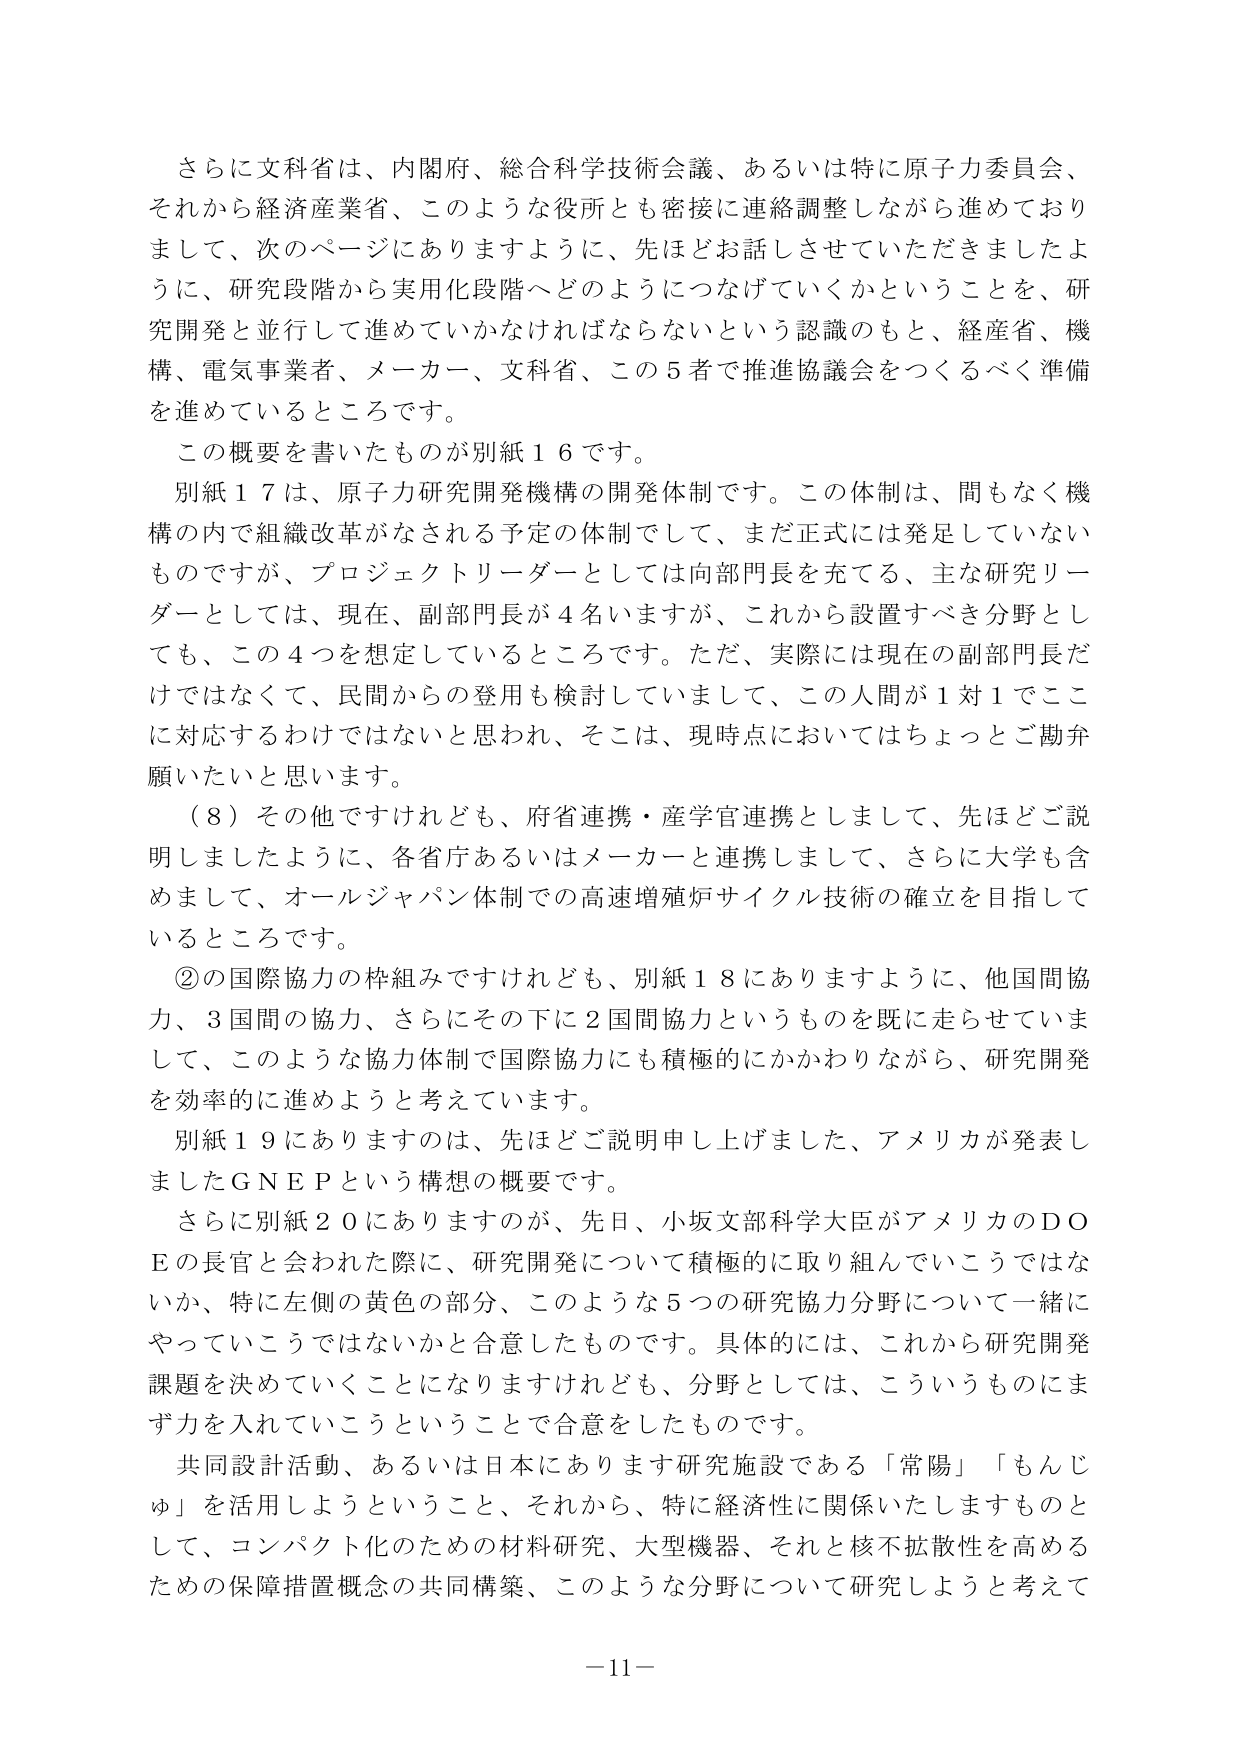
さらに文科省は、内閣府、総合科学技術会議、あるいは特に原子力委員会、それから経済産業省、このような役所とも密接に連絡調整しながら進めておりまして、次のページにありますように、先ほどお話しさせていただきましたように、研究段階から実用化段階へどのようにつなげていくかということを、研究開発と並行して進めていかなければならないという認識のもと、経産省、機構、電気事業者、メーカー、文科省、この5者で推進協議会をつくるべく準備を進めているところです。

この概要を書いたものが別紙16です。

別紙17は、原子力研究開発機構の開発体制です。この体制は、間もなく機構の内で組織改革がなされる予定の体制として、まだ正式には発足していないものですが、プロジェクトリーダーとしては向部門長を充てる、主な研究リーダーとしては、現在、副部門長が4名いますが、これから設置すべき分野としても、この4つを想定しているところです。ただ、実際には現在の副部門長だけではなくて、民間からの登用も検討していまして、この人間が1対1でこに対応するわけではないと思われ、そこは、現時点においてはちょっとご勘弁願いたいと思います。

（8）その他ですけれども、府省連携・産学官連携としまして、先ほどご説明しましたように、各省庁あるいはメーカーと連携しまして、さらに大学も含めまして、オールジャパン体制での高速増殖炉サイクル技術の確立を目指しているところです。

②の国際協力の枠組みですけれども、別紙18にありますように、他国間協力、3国間の協力、さらにその下に2国間協力というものを既に走らせていまして、このような協力体制で国際協力にも積極的にかかわりながら、研究開発を効率的に進めようと考えています。

別紙19にありますのは、先ほどご説明申し上げました、アメリカが発表しましたGNEPという構想の概要です。

さらに別紙20にありますが、先日、小坂文部科学大臣がアメリカのDOEの長官と会われた際に、研究開発について積極的に取り組んでいこうではないか、特に左側の黄色の部分、このような5つの研究協力分野について一緒にやっていこうではないかと合意したものです。具体的には、これから研究開発課題を決めていくことになりますけれども、分野としては、こういうものにまず力を入れていこうということで合意をしたものです。

共同設計活動、あるいは日本にあります研究施設である「常陽」「もんじゅ」を活用しようということ、それから、特に経済性に関係いたしますものとして、コンパクト化のための材料研究、大型機器、それと核不拡散性を高めるための保障措置概念の共同構築、このような分野について研究しようと考えて

－11－